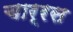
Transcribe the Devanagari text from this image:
चार्रस